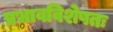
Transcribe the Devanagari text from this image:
प्रभावविशेषतः